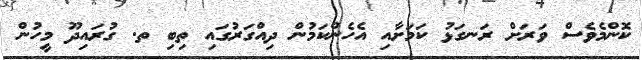
ކޮންމެވެސް ވަރަށް ރަނގަޅު ކަމަށާއި އެހެންކަމުން ދިއްގަރުގައި ތިބި ތ. ގުރައިދޫ މީހުން